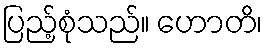
ပြည့်စုံသည်။ ဟောတိ၊